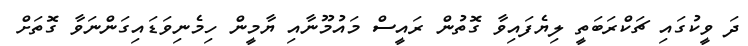
ދަ ވީކުގައި ޗަކްރަބަތީ ލިޔެފައިވާ ގޮތުން ރައީސް މައުމޫނާއި ޔާމީން ހިމެނިވަޑައިގަންނަވާ ގޮތަށް